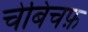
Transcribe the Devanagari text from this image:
चेबिचफ़